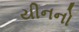
યીનનો